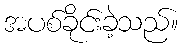
အပစ်ခိုင်းခဲ့သည်။